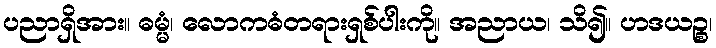
ပညာရှိအား။ ဓမ္မံ၊ လောကဓံတရားရှစ်ပါးကို။ အညာယ၊ သိ၍။ ဟဒယဉ္စ၊